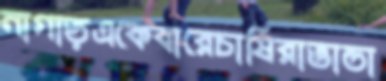
নাগাড়একেবারেচাষিরাভান্ডা